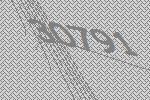
30791